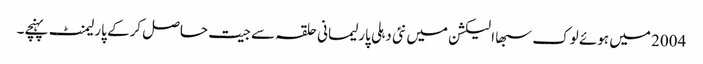
2004 میں ہوئے لوک سبھا الیکشن میں نئی دہلی پارلیمانی حلقہ سے جیت حاصل کرکے پارلیمنٹ پہنچے۔